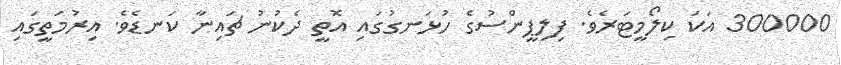
300000 އަކަ ކިލޯމީޓަރެވެ. ފިލިޕީންސުގެ ހުޅަނގުގައި އޮތީ ދެކުނު ޗައިނާ ކަނޑެވެ. އިރުމަތީގައި